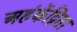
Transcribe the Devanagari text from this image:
अहंकेंद्रिता